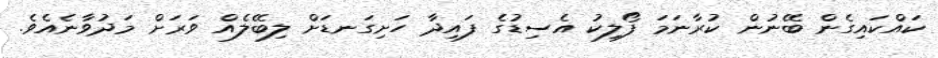
ކައްކައިގެން ބޭނުން ކުރާނަމަ ފޯލިކު އެސިޑުގެ ފައިދާ ހަށިގަނޑަށް ލިބޭލެއް ވަރަށް މަދުވާނެއެވެ.